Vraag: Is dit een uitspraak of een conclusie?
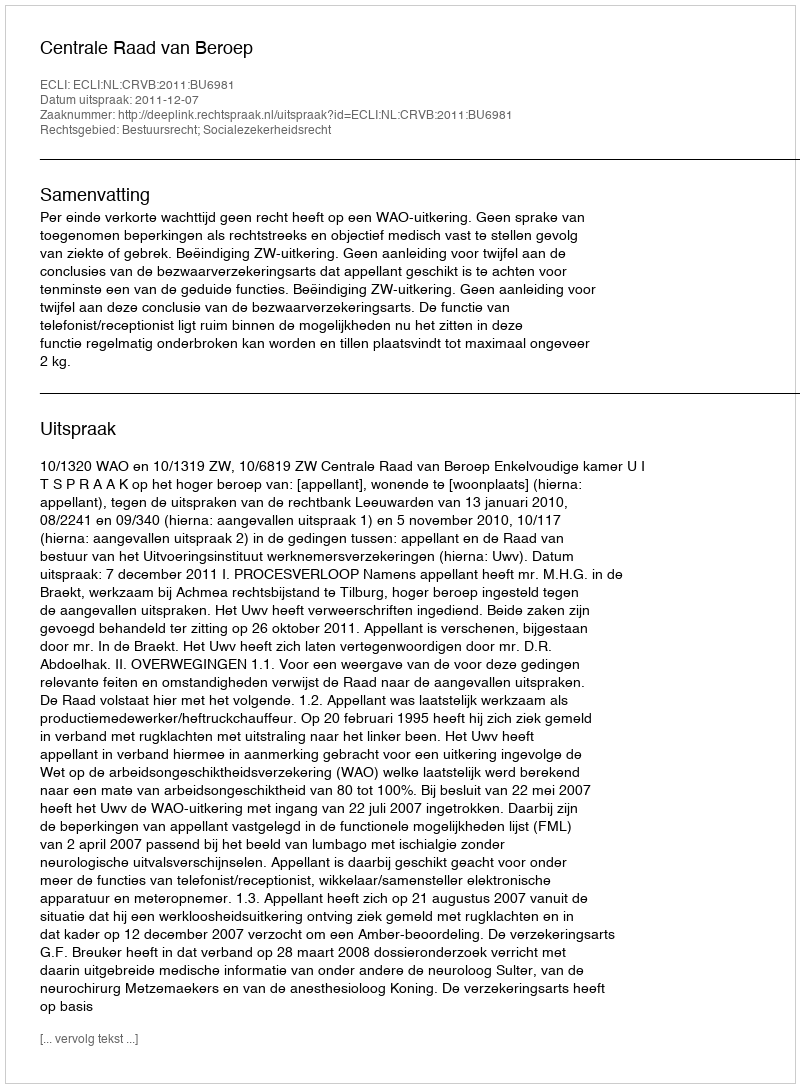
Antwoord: Uitspraak